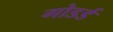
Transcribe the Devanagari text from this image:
गोडर्ड